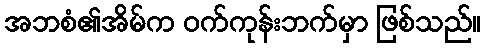
အဘစံ၏အိမ်က ဝက်ကုန်းဘက်မှာ ဖြစ်သည်။